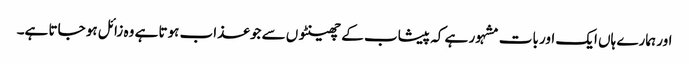
اور ہمارے ہاں ایک اور بات مشہور ہے کہ پیشاب کے چھینٹوں سے جو عذاب ہوتا ہے وہ زائل ہو جاتا ہے۔